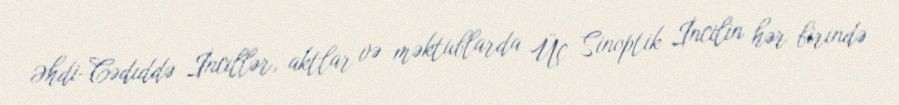
Əhdi-Cədiddə İncillər, aktlar və məktublarda Üç Sinoptik İncilin hər birində